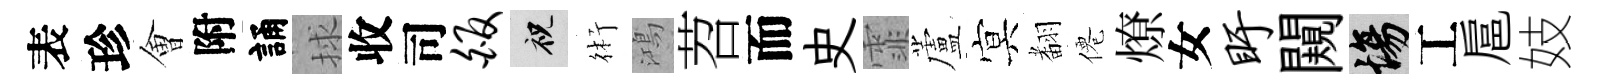
表珍㑹附誦捄收司皈祝術鴻苕而史霏蘆㝠𮋒僊燎女盱闚場工扈妓